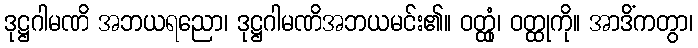
ဒုဋ္ဌဂါမဏိ အဘယရညော၊ ဒုဋ္ဌဂါမဏိအဘယမင်း၏။ ဝတ္ထုံ၊ ဝတ္ထုကို။ အာဒိံကတွာ၊